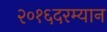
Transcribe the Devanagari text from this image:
२०१६दरम्यान